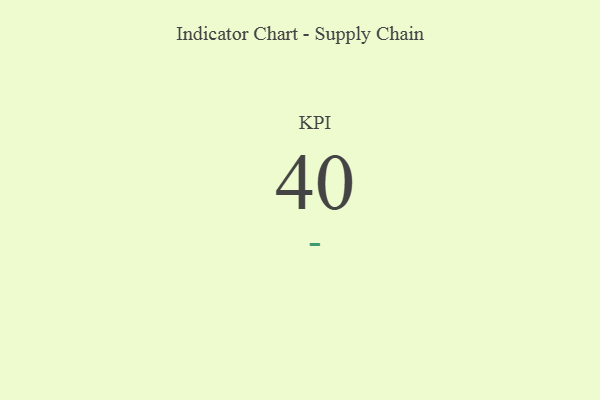
{"axis": {"x": "KPI", "y": "Value"}, "legend": [""], "data": [{"x": "KPI", "y": 40, "type": ""}]}